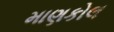
માણકોલ